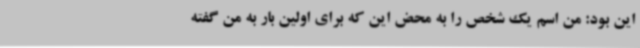
این بود: من اسم یک شخص را به محض این که برای اولین بار به من گفته